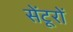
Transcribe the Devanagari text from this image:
सेंटूरों